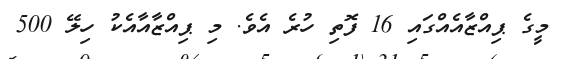
މީގެ ޕިއްޒާއެއްގައި 16 ފޮތި ހުރެ އެވެ. މި ޕިއްޒާއާއެކު ހިލޭ 500